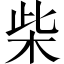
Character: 柴